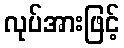
လုပ်အားဖြင့်